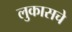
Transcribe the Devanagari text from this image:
लुकासचे